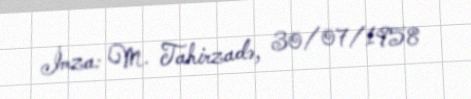
İmza: M. Tahirzadə, 30/07/1958